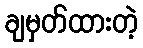
ချမှတ်ထားတဲ့